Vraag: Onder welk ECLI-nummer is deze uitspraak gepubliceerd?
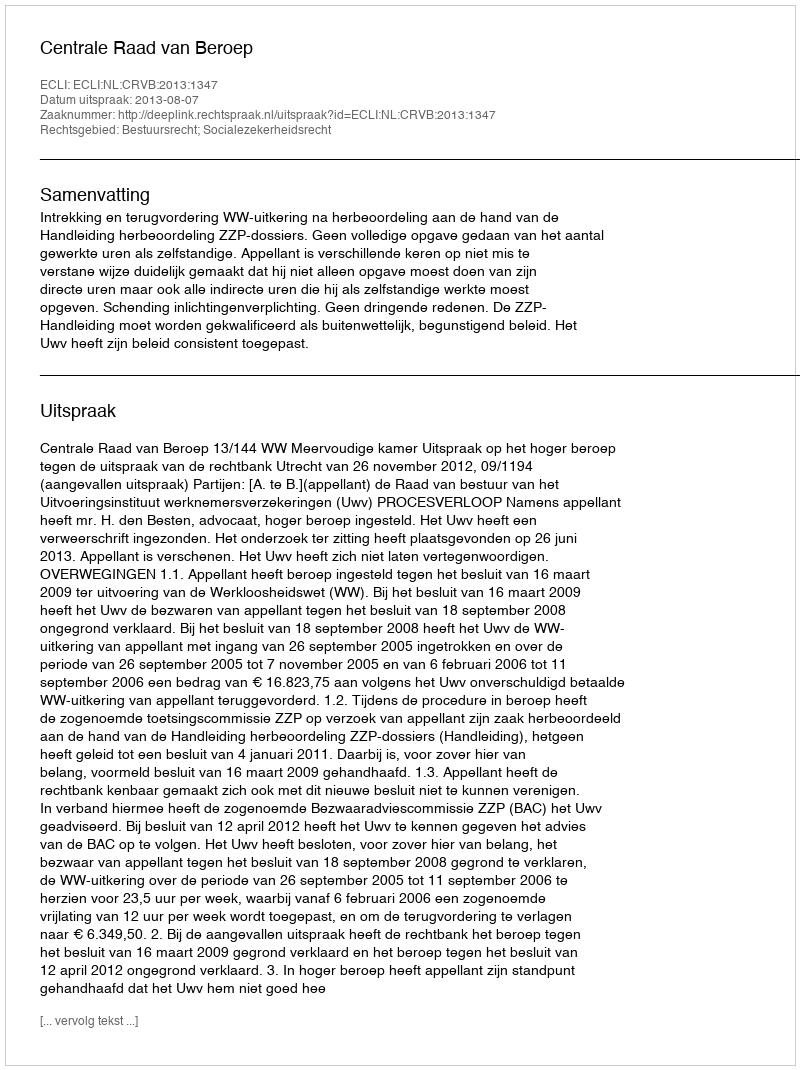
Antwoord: ECLI:NL:CRVB:2013:1347